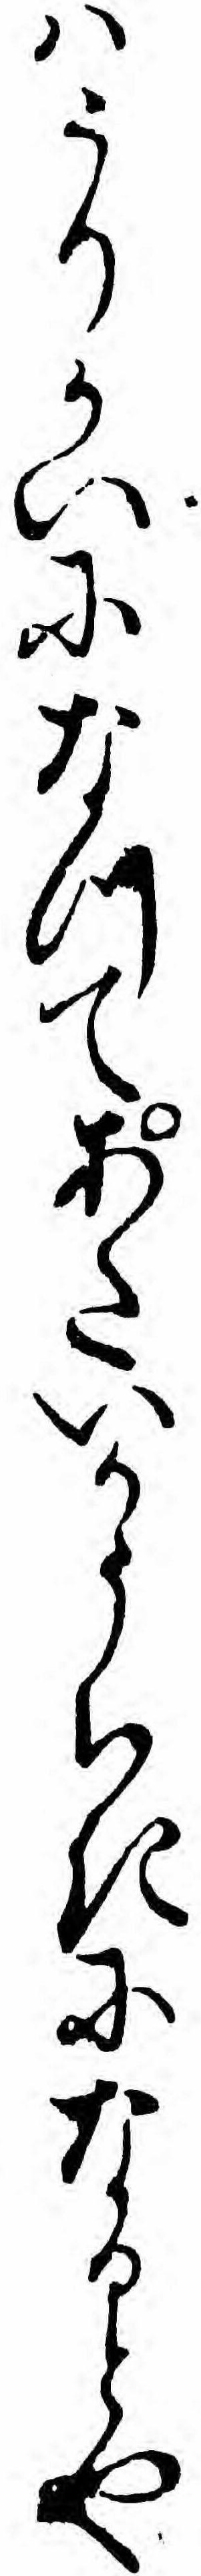
ハうりかいになつてあたいかうちきになるとや